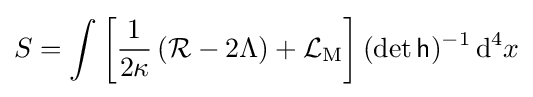
S=\int \left[{1 \over 2\kappa }\left({\mathcal {R}}-2\Lambda \right)+{\mathcal {L}}_{\mathrm {M} }\right](\det {\mathsf {h}})^{-1}\,\mathrm {d} ^{4}x